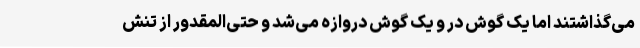
می‌گذاشتند اما یک گوش در و یک گوش دروازه می‌شد و حتی‌المقدور از تنش